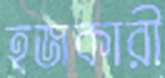
হজকারী